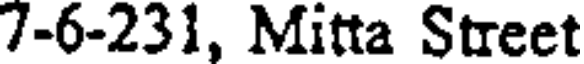
7-6-231, Mitta Street